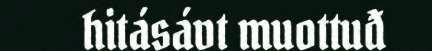
hitásávt muottuđ